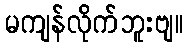
မကျန်လိုက်ဘူးဗျ။